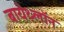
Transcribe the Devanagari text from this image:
बायेथ्लॉन